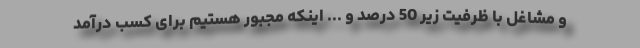
و مشاغل با ظرفیت زیر 50 درصد و ... اینکه مجبور هستیم برای کسب درآمد